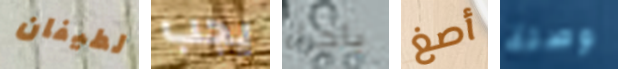
لطيفان يجب باجراء أصغ وصلة